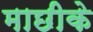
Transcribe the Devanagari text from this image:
माछीके